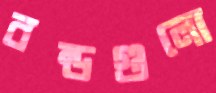
বন্ডগুলো